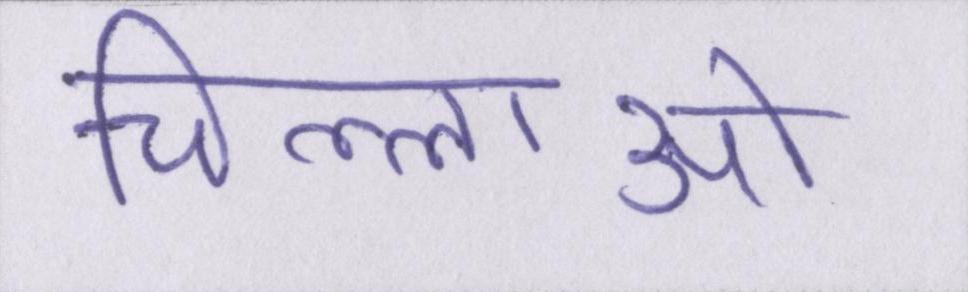
चिल्लाओ